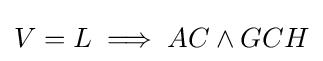
V=L\implies AC\land GCH